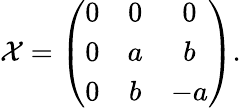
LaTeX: {\cal X}=\left(\begin{array}{ccc}{{0}}&{{0}}&{{0}}\\ {{0}}&{{a}}&{{b}}\\ {{0}}&{{b}}&{{-a}}\end{array}\right).